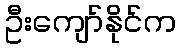
ဦးကျော်နိုင်က